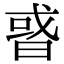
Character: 𢧋